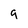
Character: g